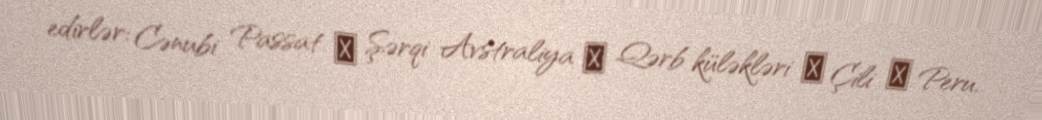
edirlər: Cənubi Passat → Şərqi Avstraliya → Qərb küləkləri → Çili → Peru.